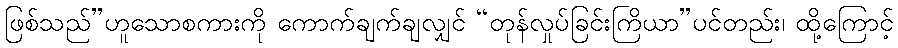
ဖြစ်သည်”ဟူသောစကားကို ကောက်ချက်ချလျှင် “တုန်လှုပ်ခြင်းကြိယာ”ပင်တည်း၊ ထို့ကြောင့်